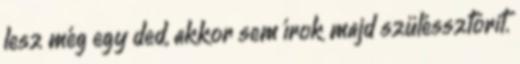
lesz még egy ded, akkor sem írok majd szüléssztorit.